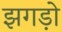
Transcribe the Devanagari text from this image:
झगड़ो